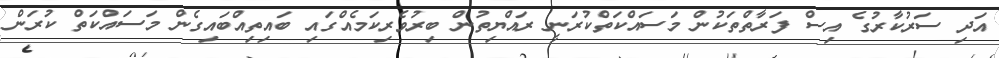
އަދި ސަރުކާރުގެ އިސް ފަރާތްތަކުން މަސައްކަތްކުރަނީ ރައްޔިތުން ބިރުވެރިކަމެއްގައި ބައިތިއްބައިގެން މަސައްކަތް ކުރަން